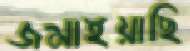
জমাইয়াছি